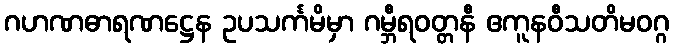
ဂဟဏဓာရဏဋ္ဌေန ဥပသင်္ကမိမှာ ဂမ္ဘီရဝတ္တနီ ဧကူနဝီသတိမဝဂ္ဂ